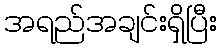
အရည်အချင်းရှိပြီး